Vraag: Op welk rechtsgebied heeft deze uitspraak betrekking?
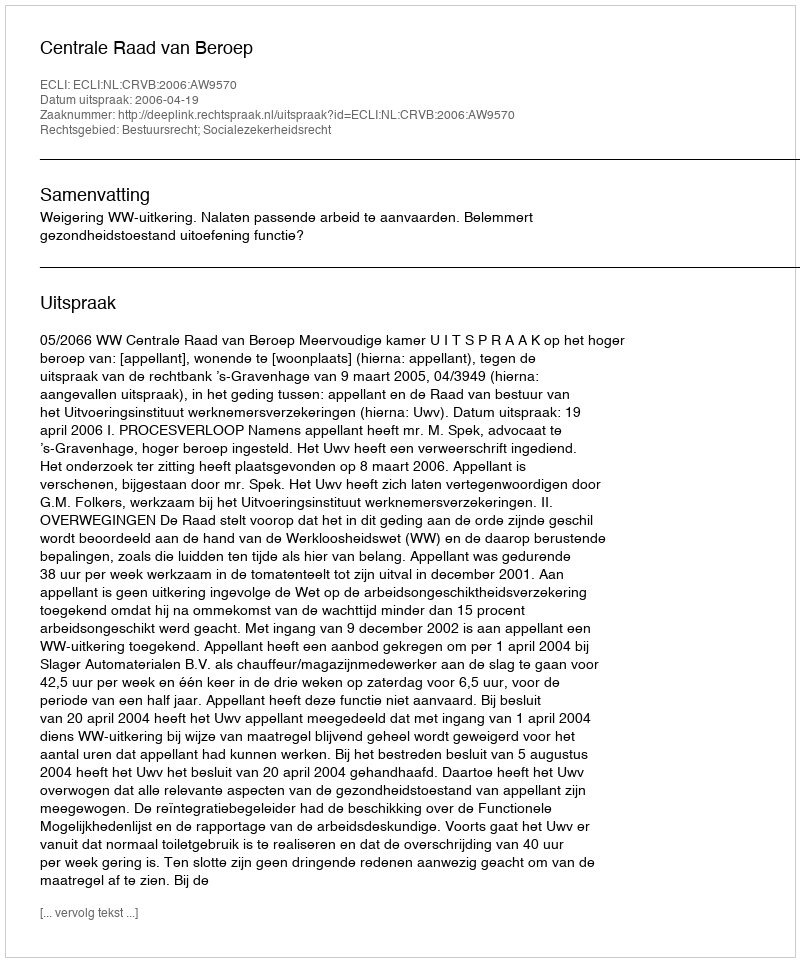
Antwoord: Bestuursrecht; Socialezekerheidsrecht